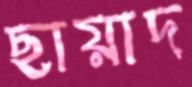
ছায়াদ